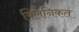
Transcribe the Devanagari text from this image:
क्लिनिकत